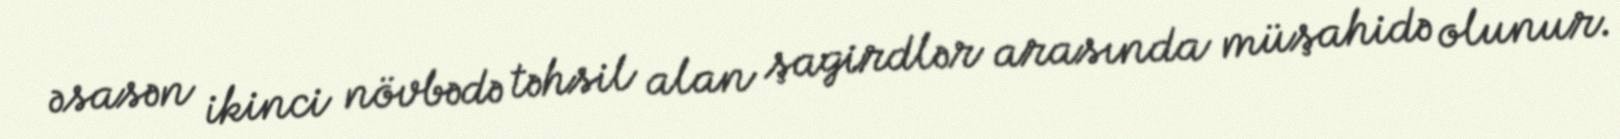
əsasən ikinci növbədə təhsil alan şagirdlər arasında müşahidə olunur.